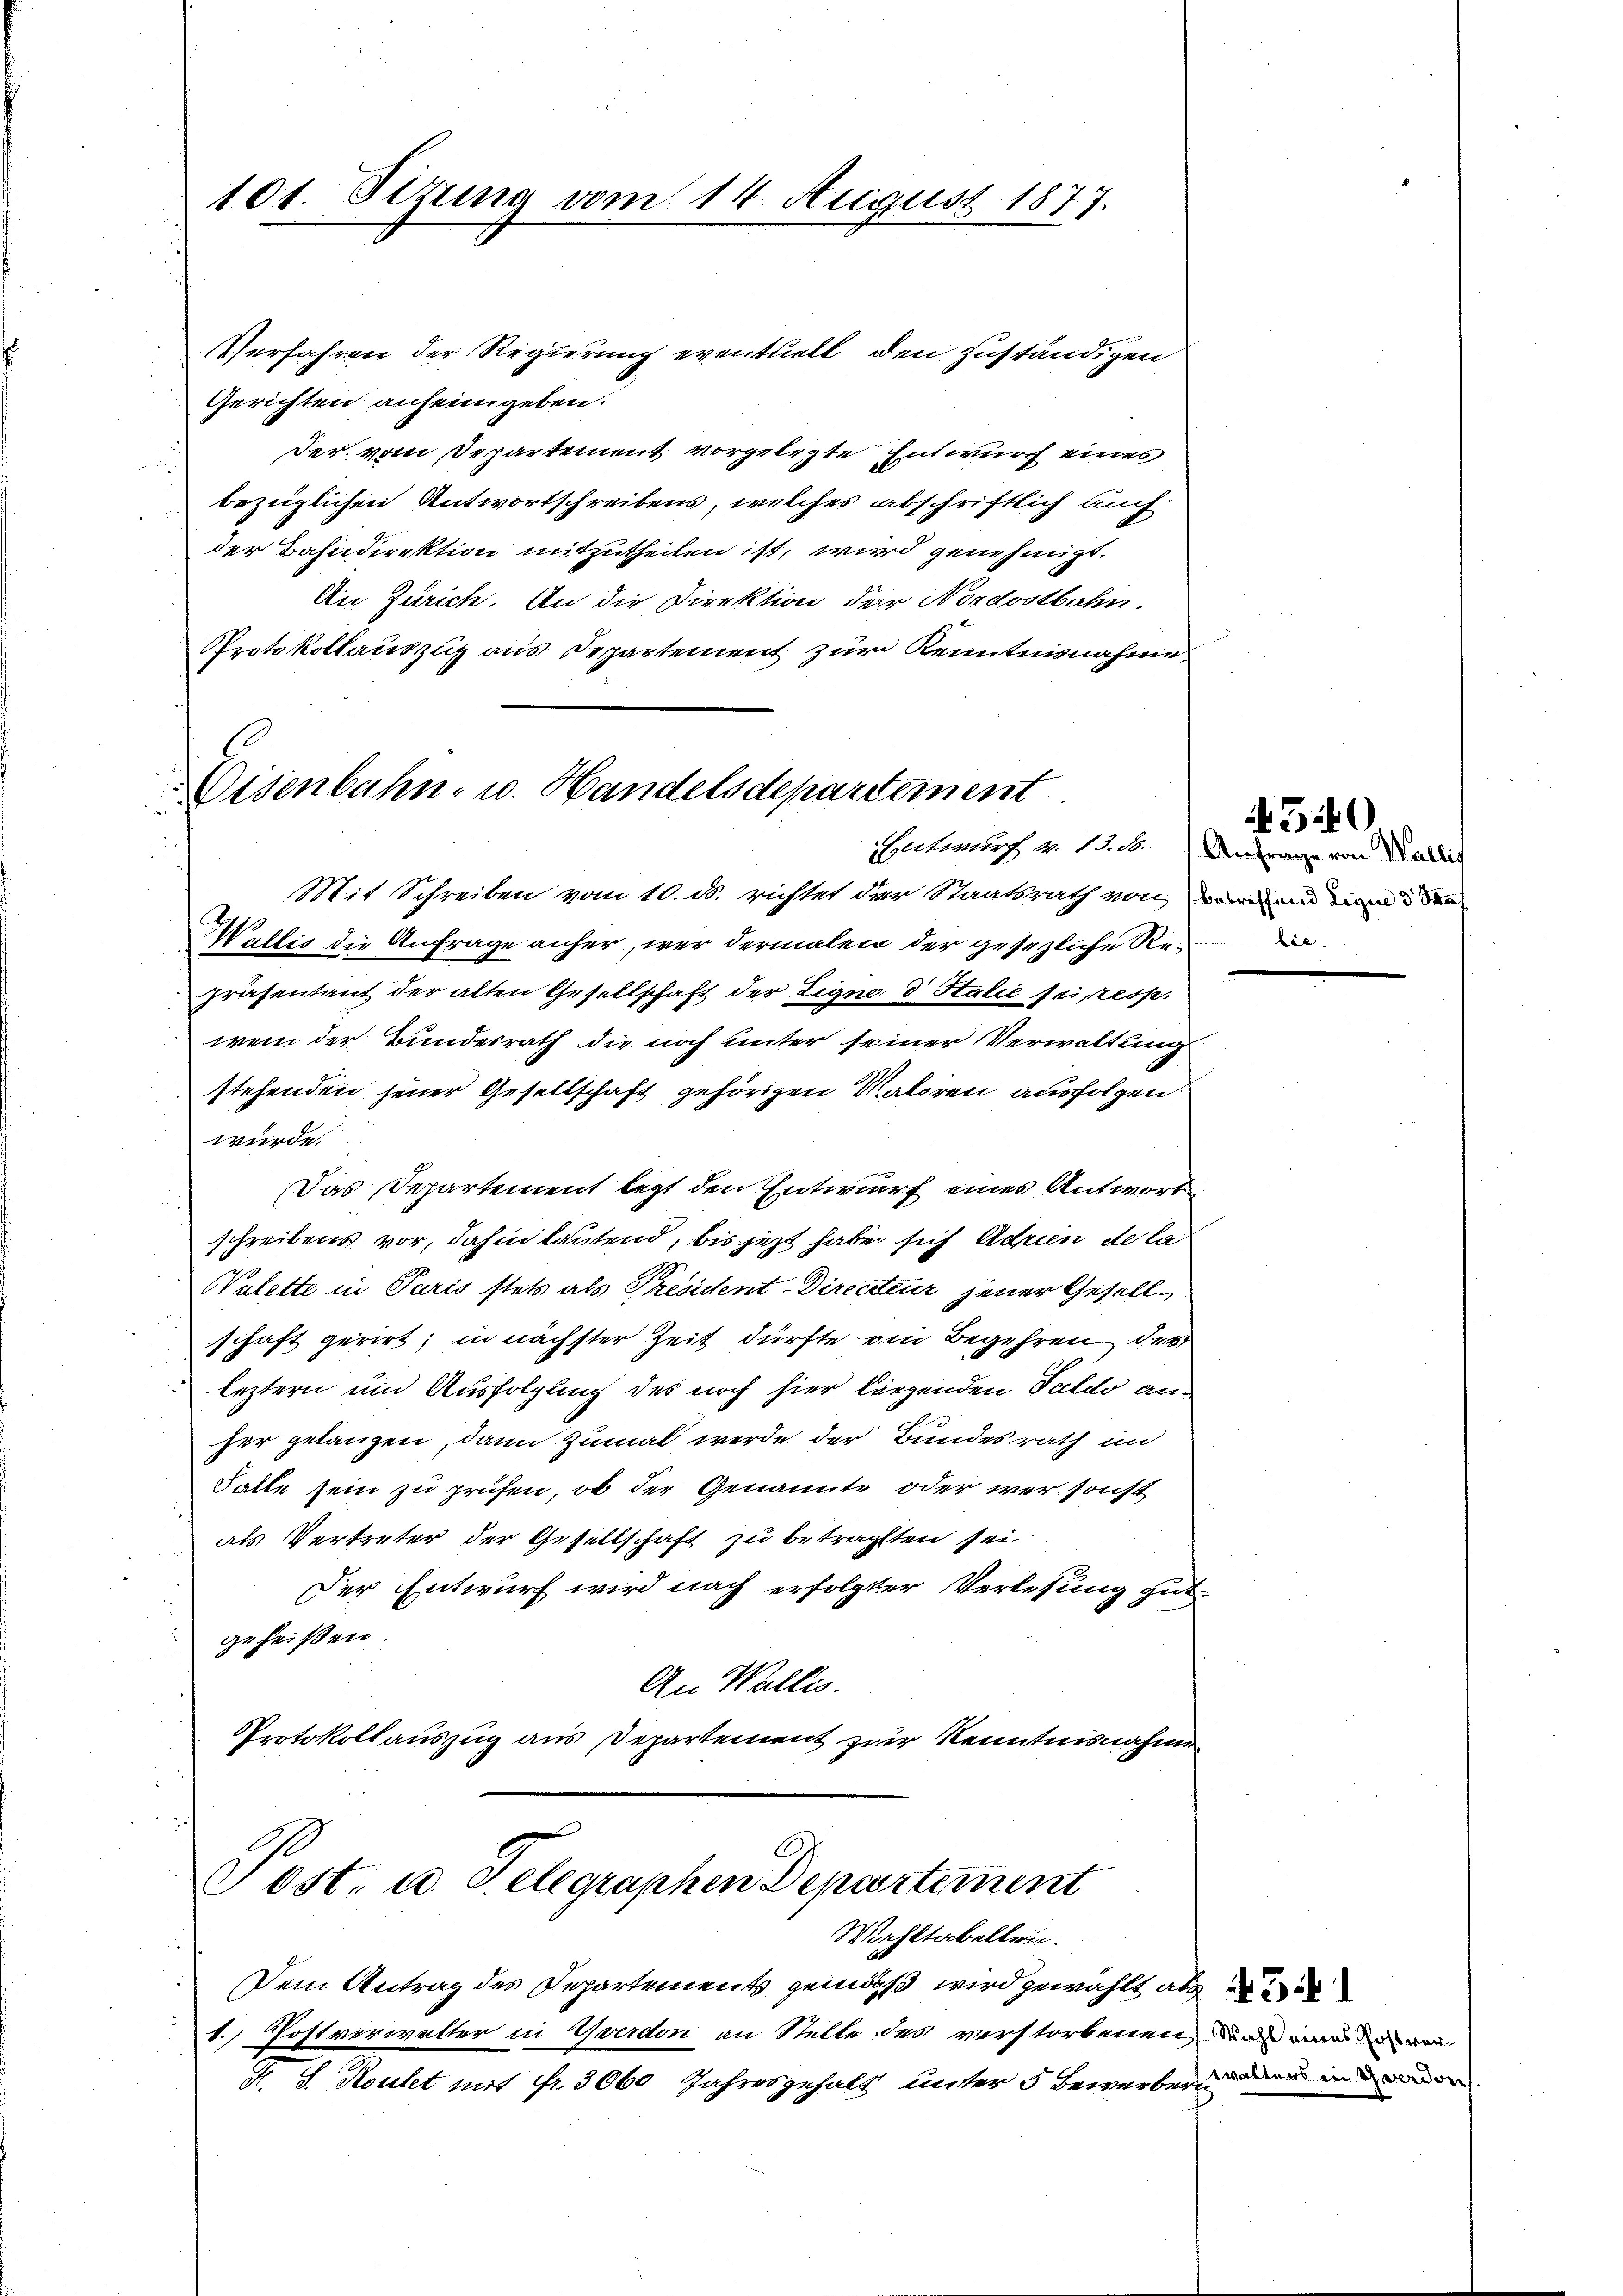
101. Sizung vom 14. August 1877.

Verfahren der Regierung eventuell, den zuständigen
Gerichten anheimgeben.
der vom Departement vorgelegte Entwurf eines
bezüglichen Antwortschreibens, welches abschriftlich auch
der Bahndirektion mitzutheilen ist, wird genehmigt.
An Zürich. An die Direktion der Nordostbahn.
Protokollauszug aus Departement zur Kenntnisnahme,
Präsentant der alten Gesellschaft der Eigno d Halle sei ess
wem der Bundesrath die noch unter seiner Verwaltung
stehenden jener Gesellschaft gehörigen Matoren ausfolgen
würde.
Das Departement legt den Entwurf eines Antwort
schreibens vor, dahin lautend, bis jetzt habe sich Adrien de la
Walette in Paris stets als President-Directeur jener Gesellschaft gerirt; in nächster Zeit dürfte ein Begehren des
leztern um Ausfolgung des noch hier liegenden Saldo anher gelangen, dann zumal werde der Bundesrath in
Falle sein zu prüfen, ob der Genannte oder war sonst
als Vertreter der Gesellschaft zu betragten sei.
Der Entwurf wird nach erfolgter Verlesung gut-
geheißen.
An Wallis.
Protokollauszug aus Departement zur Kenntnisnahme
Post- u. Telegraphen Departement

l
Osenbahn- u. Handelsdepartement
Mit Schreiben vom 10. ds. richtet der Staatsrath von den in den
Wallis die Anfrage anher, wer dermalen der gesezliche Re¬

Mahltabellein.

Dem Antrag des Departements gemäß wird gewählt als e
1. Postverwalter in Yverdon an Stelle des verstorbenen, und wegen
N. S. Koulet mit Fr. 3060 Jahresgehalt unter 5 Bewerbern das in der

Inter v. 1. c. Anfrage von Wallis
bie.

30